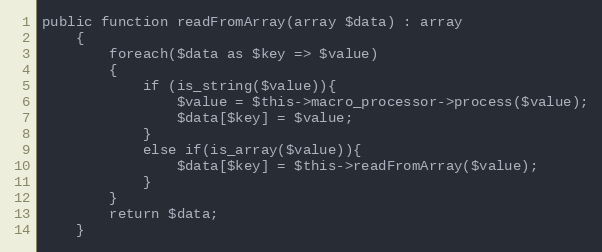
Language: PHP
public function readFromArray(array $data) : array
    {
        foreach($data as $key => $value)
        {
            if (is_string($value)){
                $value = $this->macro_processor->process($value);
                $data[$key] = $value;
            }
            else if(is_array($value)){
                $data[$key] = $this->readFromArray($value);
            }
        }
        return $data;
    }